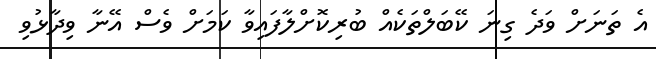
އެ ތަނަށް ވަދެ ގިނަ ކޭބަލްތަކެއް ބުރިކޮށްލާފައިވާ ކަމަށް ވެސް އޭނާ ވިދާޅުވި